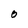
Character: 0